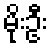
မိုးဦး